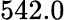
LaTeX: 542.0